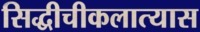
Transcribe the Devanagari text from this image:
सिद्धीचीकलात्यास